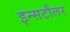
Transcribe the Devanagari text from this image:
इन्सटौलर